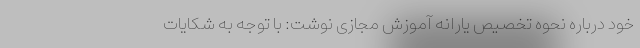
خود درباره نحوه تخصیص یارانه آموزش مجازی نوشت: با توجه به شکایات